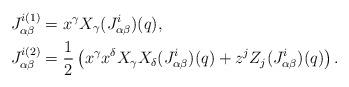
LaTeX: \begin{align*} J_{\alpha \beta}^{i(1)}&=x^\gamma X_\gamma(J_{\alpha\beta}^{i})(q), \\ J_{\alpha \beta}^{i(2)}&=\frac{1}{2}\left(x^\gamma x^\delta X_\gamma X_\delta(J_{\alpha\beta}^{i})(q)+z^j Z_j(J_{\alpha\beta}^{i})(q)\right). \end{align*}